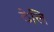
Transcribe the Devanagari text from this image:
ठेलि